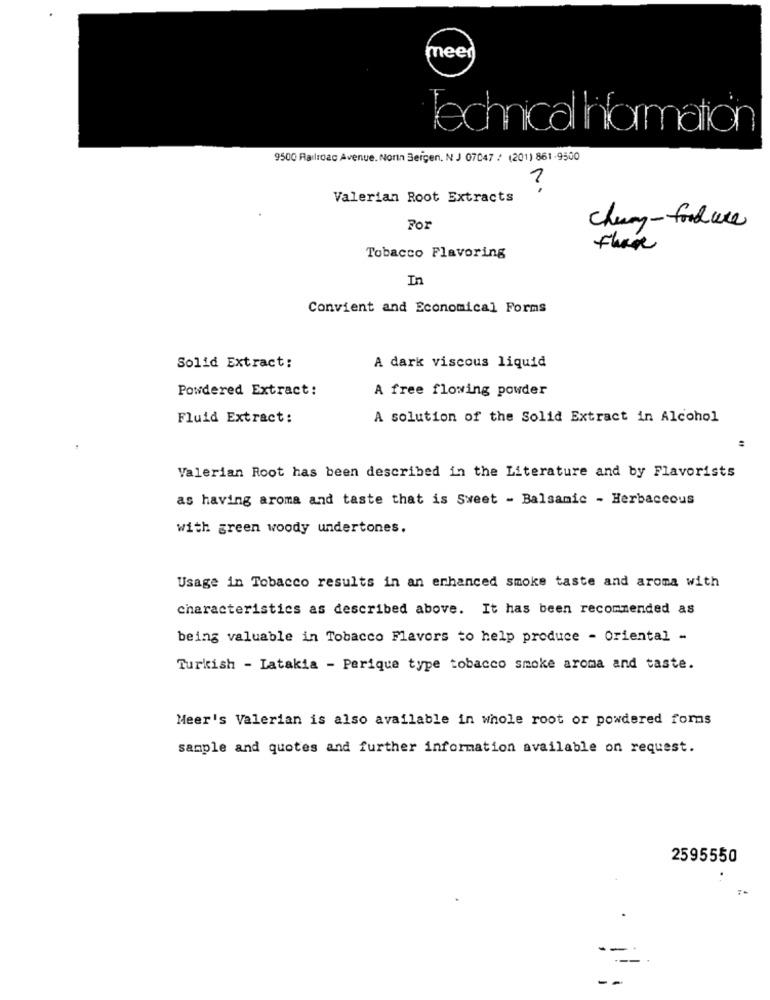
meed
Technical Information
9500 Railroad Avenue. Norin Bergen, NJ 07047 / (201) 861-9500
?
Valerian Root Extracts
For
chung-fordure
there
Tobacco Flavoring
In
Convient and Economical Forms
Solid Extract:
A dark viscous liquid
Powdered Extract:
A free flowing powder
Fluid Extract:
A solution of the Solid Extract in Alcohol
Valerian Root has been described in the Literature and by Flavorists
as having aroma and taste that is Sweet - Balsamic - Herbaceous
with green woody undertones.
Usage in Tobacco results in an enhanced smoke taste and aroma with
characteristics as described above. It has been recommended as
being valuable in Tobacco Flavors to help produce - Oriental -
Turkish - Latakia - Perique type tobacco smoke aroma and taste.
Meer's Valerian is also available in whole root or powdered forms
sample and quotes and further information available on request.
2595550